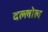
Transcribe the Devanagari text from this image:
दल्लोल